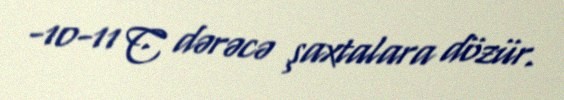
-10-11 C dərəcə şaxtalara dözür.